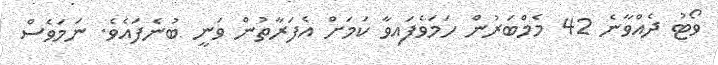
ވޯޓު ދެއްވާނެ 42 މެމްބަރުން ހަމަވެފައިވާ ކަމަށް އެފަރާތުން ވަނީ ބުނެފައެވެ. ނަމަވެސް